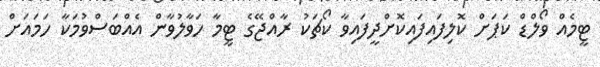
ޓީމެއް ވޯލްޑް ކަޕަށް ކޮލިފައިފައިކޮށްދީފައިވާ ކޯޗަކު ރާއްޖޭގެ ޓީމާ ހަވާލުވާން އެއްބަސްވުމަކާ ހަމައަށް